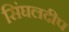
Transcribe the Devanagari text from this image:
सिंघलदीप